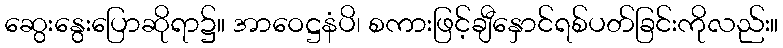
ဆွေးနွေးပြောဆိုရာ၌။ အာဝေဋ္ဌနံပိ၊ စကားဖြင့်ချီနှောင်ရစ်ပတ်ခြင်းကိုလည်း။